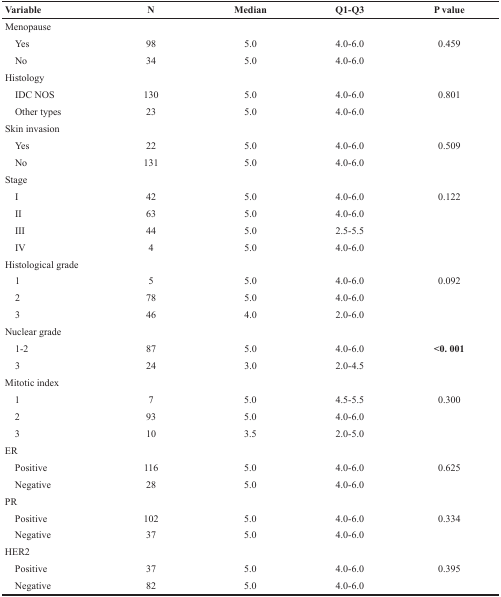
| Variable | N | Median | Q1-Q3 | P value |
 | --- | --- | --- | --- | --- |
 | Menopause |  |  |  |  |
 | Yes | 98 | 5.0 | 4.0-6.0 | 0.459 |
 | No | 34 | 5.0 | 4.0-6.0 |  |
 | Histology |  |  |  |  |
 | IDC NOS | 130 | 5.0 | 4.0-6.0 | 0.801 |
 | Other types | 23 | 5.0 | 4.0-6.0 |  |
 | Skin invasion |  |  |  |  |
 | Yes | 22 | 5.0 | 4.0-6.0 | 0.509 |
 | No | 131 | 5.0 | 4.0-6.0 |  |
 | Stage |  |  |  |  |
 | I | 42 | 5.0 | 4.0-6.0 | 0.122 |
 | II | 63 | 5.0 | 4.0-6.0 |  |
 | III | 44 | 5.0 | 2.5-5.5 |  |
 | IV | 4 | 5.0 | 4.0-6.0 |  |
 | Histological grade |  |  |  |  |
 | 1 | 5 | 5.0 | 4.0-6.0 | 0.092 |
 | 2 | 78 | 5.0 | 4.0-6.0 |  |
 | 3 | 46 | 4.0 | 2.0-6.0 |  |
 | Nuclear grade |  |  |  |  |
 | 1-2 | 87 | 5.0 | 4.0-6.0 | <0. 001 |
 | 3 | 24 | 3.0 | 2.0-4.5 |  |
 | Mitotic index |  |  |  |  |
 | 1 | 7 | 5.0 | 4.5-5.5 | 0.300 |
 | 2 | 93 | 5.0 | 4.0-6.0 |  |
 | 3 | 10 | 3.5 | 2.0-5.0 |  |
 | ER |  |  |  |  |
 | Positive | 116 | 5.0 | 4.0-6.0 | 0.625 |
 | Negative | 28 | 5.0 | 4.0-6.0 |  |
 | PR |  |  |  |  |
 | Positive | 102 | 5.0 | 4.0-6.0 | 0.334 |
 | Negative | 37 | 5.0 | 4.0-6.0 |  |
 | HER2 |  |  |  |  |
 | Positive | 37 | 5.0 | 4.0-6.0 | 0.395 |
 | Negative | 82 | 5.0 | 4.0-6.0 |  |